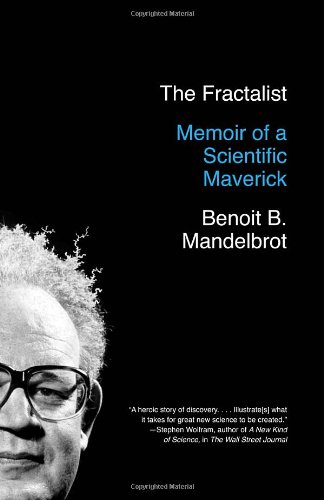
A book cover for The Fractalist: Memoir of a Scientific Maverick; Benoit Mandelbrot; Biographies & Memoirs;